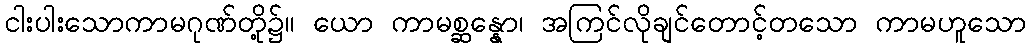
ငါးပါးသောကာမဂုဏ်တို့၌။ ယော ကာမစ္ဆန္နော၊ အကြင်လိုချင်တောင့်တသော ကာမဟူသော